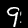
Digit: 9